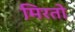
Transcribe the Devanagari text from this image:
मिरतो